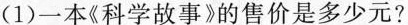
(1)一本《科学故事》的售价是多少元?